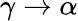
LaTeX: \gamma\to\alpha